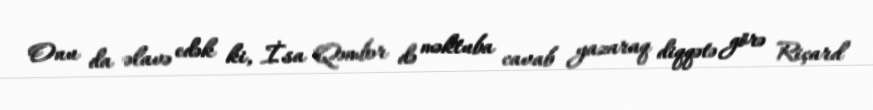
Onu da əlavə edək ki, İsa Qəmbər də məktuba cavab yazaraq diqqətə görə Riçard